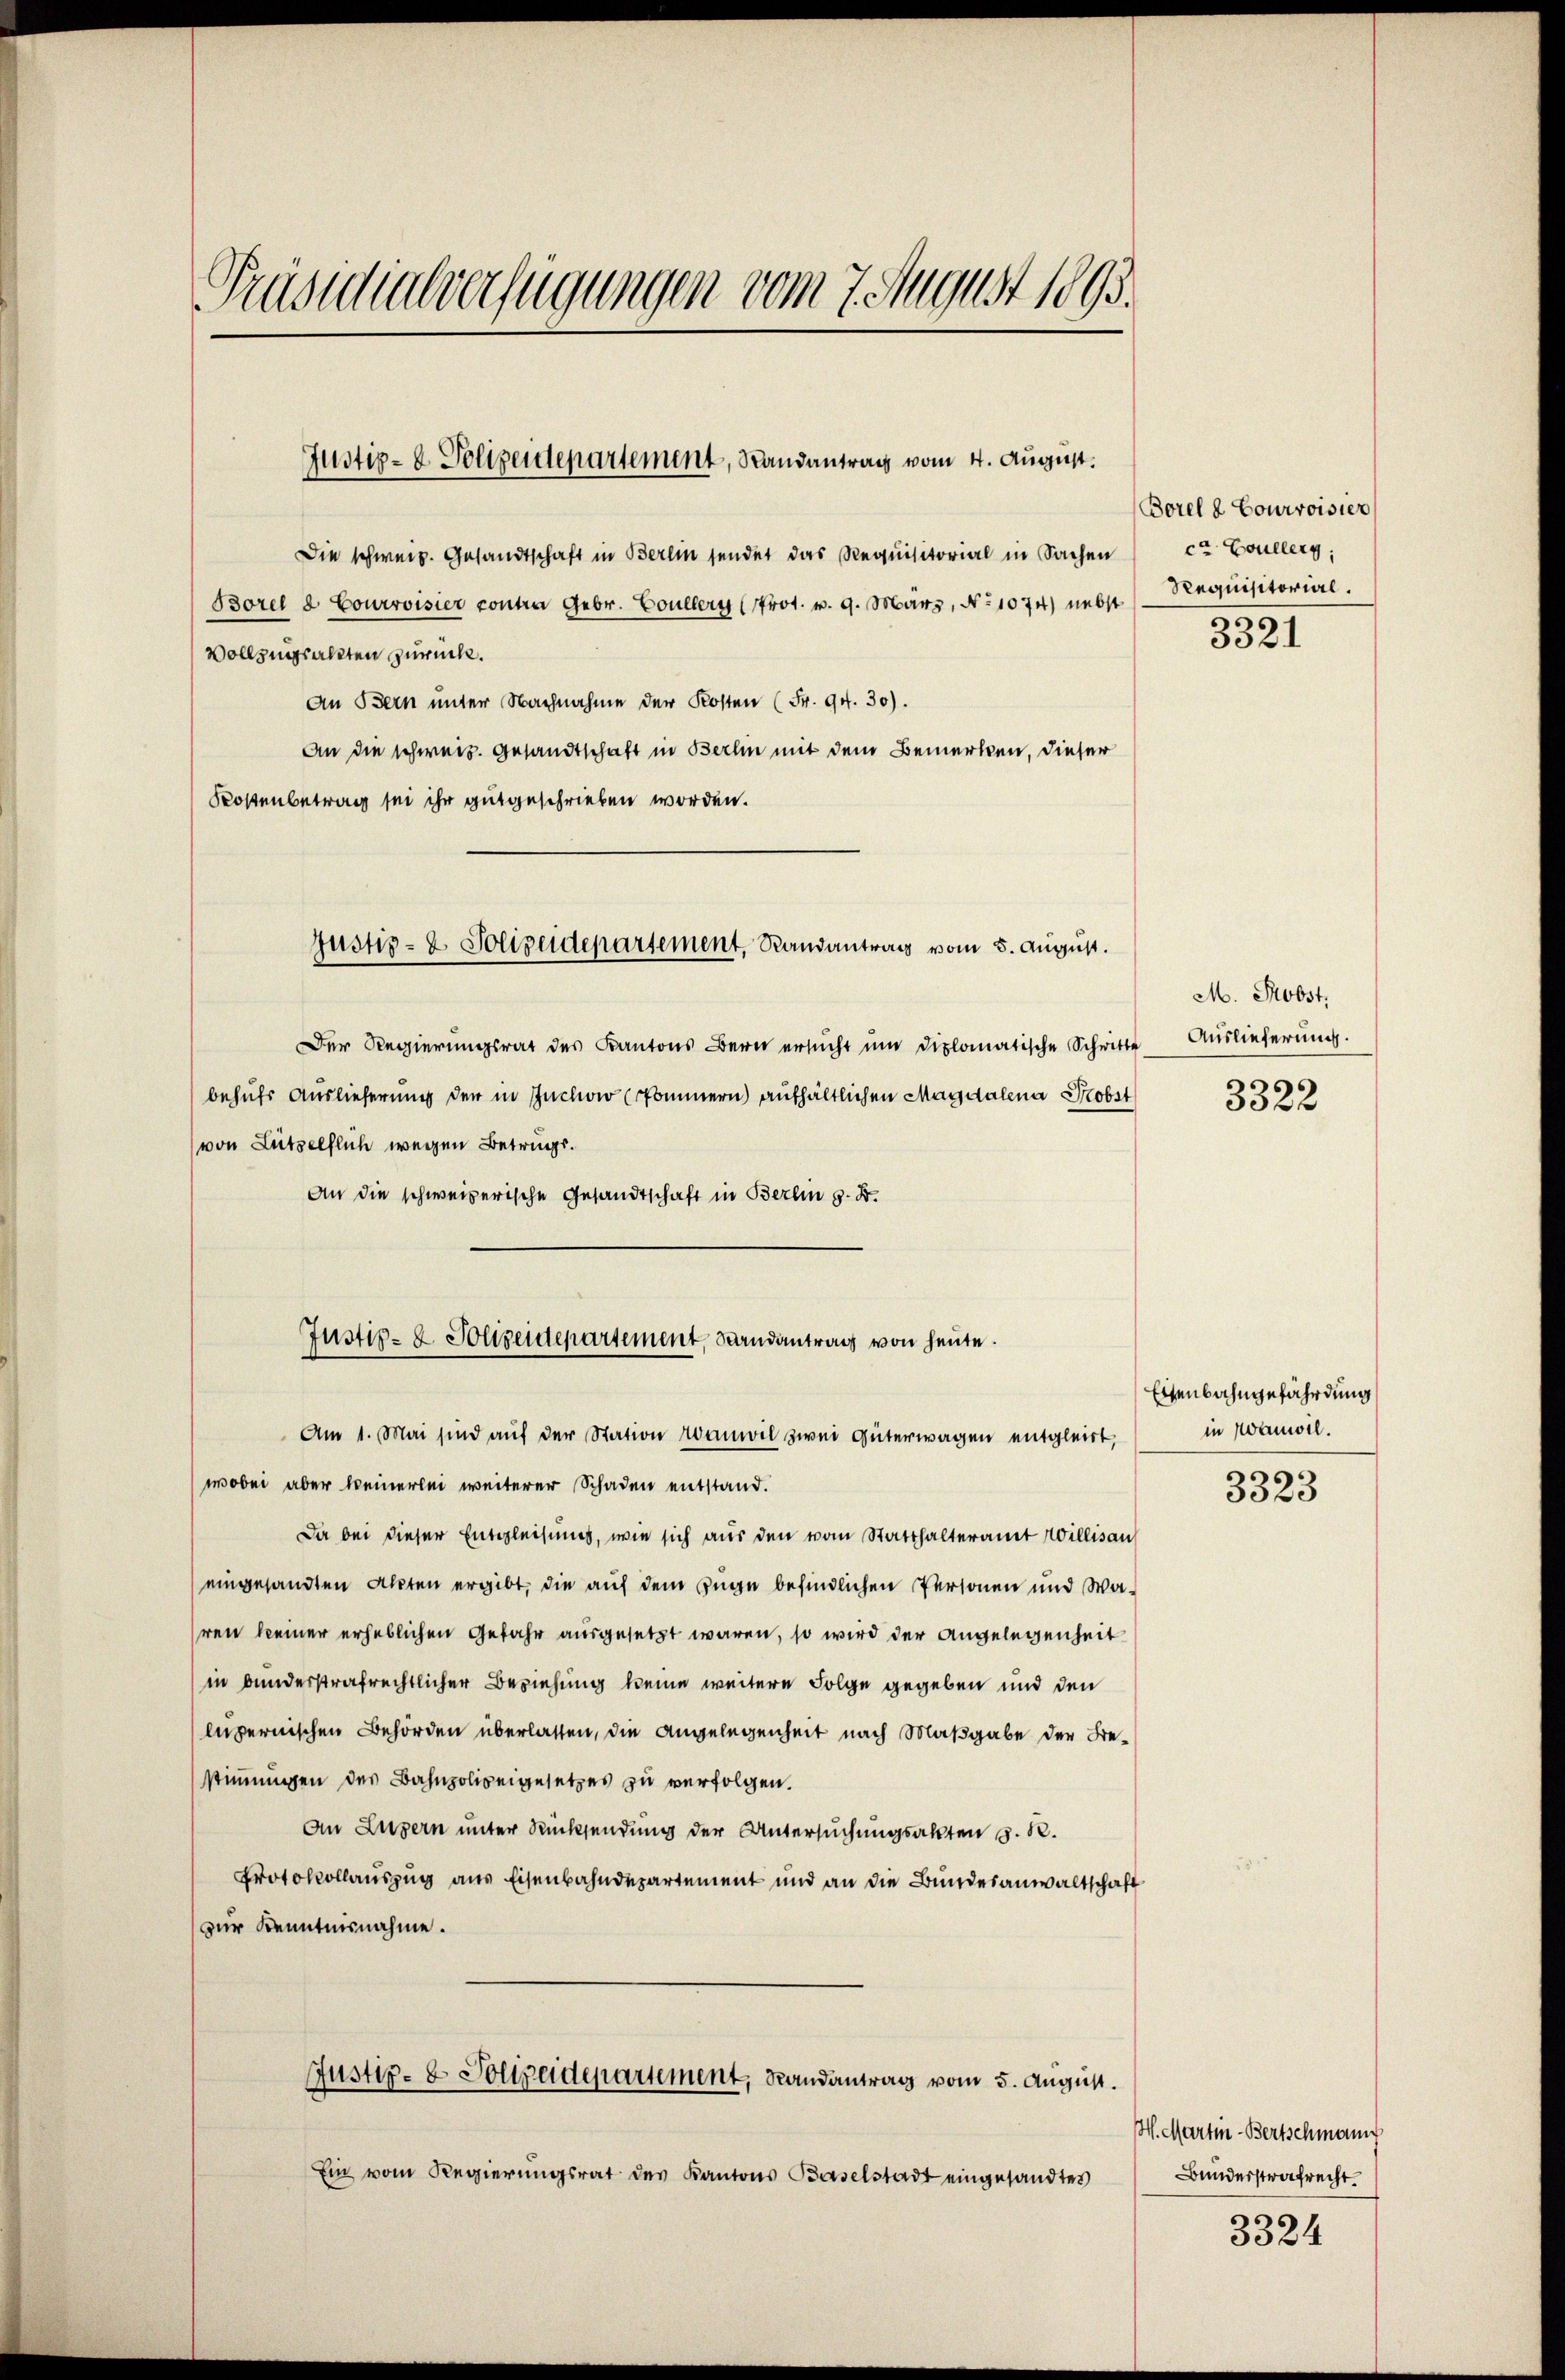
Präsidialverfügungen vom 7. August 1893.

Justiz- & Polizendepartement, Randantrag vom 4. August.

Justiz- & Polizeidepartement, Randantrag vom 5. August.

Die schweiz. Gesandtschaft in Berlin sendet das Requisitorial in Sachen ce Coullerg;
Borel à Courvoisier contra Gebr. Coullern (Prot. v. 9. März, No 1074) nebst
Vollzugsalten zurück.
An Bern unter Nachnahme der Kosten (Fr. 94. 30).
An die schweiz. Gesandtschaft in Berlin mit dem Bemerken, dieser
Kostenbetrag sei ihr gutgeschrieben worden.

Am 1. Mai sind aŭf der Station anwil zwei Güterwagen entgleich,
wobei aber keinerlei weiterer Schaden entstand.
Da bei dieser Entgleisung, wie sich aus den vom Statthalteramt Willisau
eingesandten Akten ergibt, die auf dem Enge befindlichen Personen und Wahren keiner erheblichen Gefahr ausgesetzt waren, so wird der Angelegenheit
in bunderstrafrechtlicher Beziehung keine weitere Folge gegeben und den
lupernischen Behörden überlassen, die Angelegenheit nach Maßgabe der Be-
stimmungen des Bahnpolizeigesetzes zu verfolgen.
An Luzern unter Rücksendung der Untersuchungsakten S. R.
Protokollauszug aus Eisenbahndepartement und an die Bundesanwaltschaft
zur Kenntnisnahme.
Justiz- & Polizeidepartement, Randantrag vom 5. August.
Ein vom Regierungsrat des Kantons Baselstadt eingesandtes

Der Regierŭngsrat des Kantons Bern ersŭcht ŭm diplomatische Schritte Aŭslieferŭng.
behufs Auslieferung der in Inchow (Pommern) aufhältlichen Magdalena Hobst
von Lützelflich wegen Betrings.
An die schweizerische Gesandtschaft in Berlin z. B.

Justiz- & Polizeidepartement, Randantrag von heute.

Borel à Courvoisier
Requisitorial.
3321

M. Probst.
3322

Eisenbahngefährdung
in Wamoll.

3323

H. Martin - Bertschmann
Bunderstrafrecht.

3324